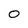
Character: 0